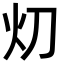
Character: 灱